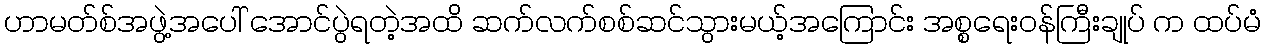
ဟာမတ်စ်အဖွဲ့အပေါ် အောင်ပွဲရတဲ့အထိ ဆက်လက်စစ်ဆင်သွားမယ့်အကြောင်း အစ္စရေးဝန်ကြီးချုပ် က ထပ်မံ